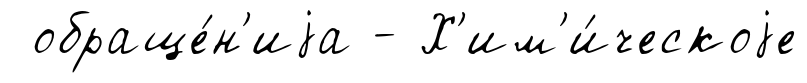
обраще́н'иjа - Х'им'и́ческоjе